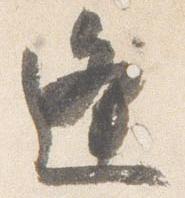
逢